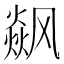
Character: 𮸼